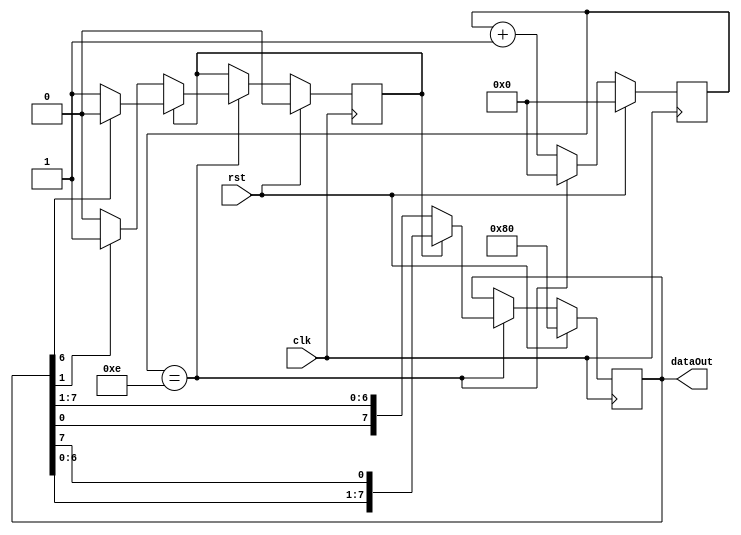
module knightRider(clk, rst, dataOut);

	input clk, rst;
	output reg [7:0] dataOut;
	
	reg [21:0] counter, counterNext;
	reg [ 7:0] dataOutNext;
	reg  flag,flagNext;
	
	parameter COUNT = 22'hF;
	
	// registers
	always @(posedge clk) begin
		counter <=  counterNext;
		dataOut <=  dataOutNext;
		flag <=  flagNext;
	end
	
	always @(*) begin
		dataOutNext = dataOut;
		counterNext = counter;
		flagNext    = flag;
		if(rst) begin
			dataOutNext = 8'b10000000;
			counterNext = 0;
			flagNext    = 0;
		end
		else if(counter == COUNT-1) begin
			if(flag == 0) begin
				dataOutNext = {dataOut[0],dataOut[7:1]}; // Shifting Left to Right
				if(dataOut[1] == 1)
					flagNext = 1;
				else
					flagNext = 0;
			end
			else if(flag == 1) begin
				dataOutNext = {dataOut[6:0],dataOut[7]}; // Shifting Right to Left
				if(dataOut[6] == 1)
					flagNext = 0;
				else
					flagNext = 1;
			end
			counterNext = 0;
		end
		else begin
			counterNext = counter+1;
		end
	end
	
endmodule